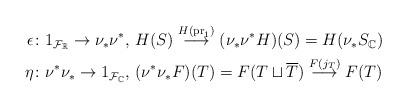
LaTeX: \begin{align*}\epsilon & \colon 1_{\mathcal{F_{\mathbb{R}}}}\to\nu_{*}\nu^{*},\,H(S)\stackrel{H(\mathrm{pr}_{1})}{\longrightarrow}(\nu_{*}\nu^{*}H)(S)=H(\nu_{*}S_{\mathbb{C}})\\\eta & \colon \nu^{*}\nu_{*}\to1_{\mathcal{F}_{\mathbb{C}}},\,(\nu^{*}\nu_{*}F)(T)=F(T\sqcup\overline{T})\stackrel{F(j_{T})}{\longrightarrow}F(T)\end{align*}